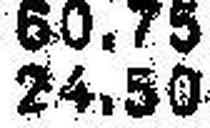
24.50